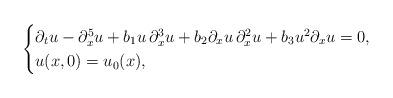
LaTeX: \begin{align*}\begin{cases}\partial_tu-\partial_x^5u+b_1 u\,\partial_x^3u+ b_2 \partial_xu\,\partial_x^2u+ b_3u^2 \partial_xu=0,\\u(x,0)=u_0(x),\end{cases}\end{align*}